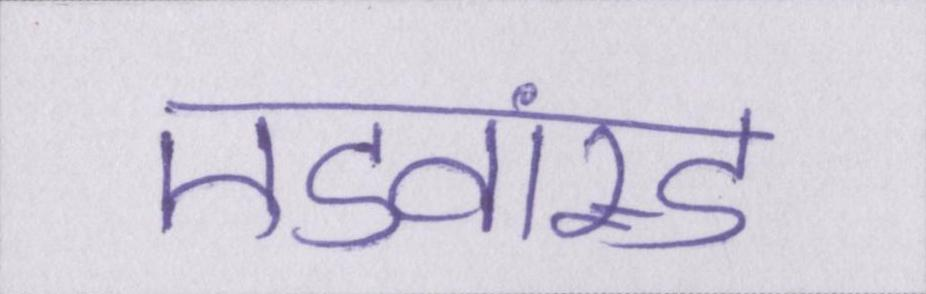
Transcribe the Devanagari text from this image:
एडवांस्ड